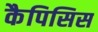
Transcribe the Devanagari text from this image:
कैपिसिस